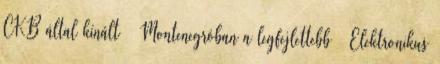
CKB által kínált – Montenegróban a legfejlettebb – Elektronikus